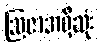
ဩဇာအရှိဆုံး